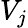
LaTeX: V_{j}